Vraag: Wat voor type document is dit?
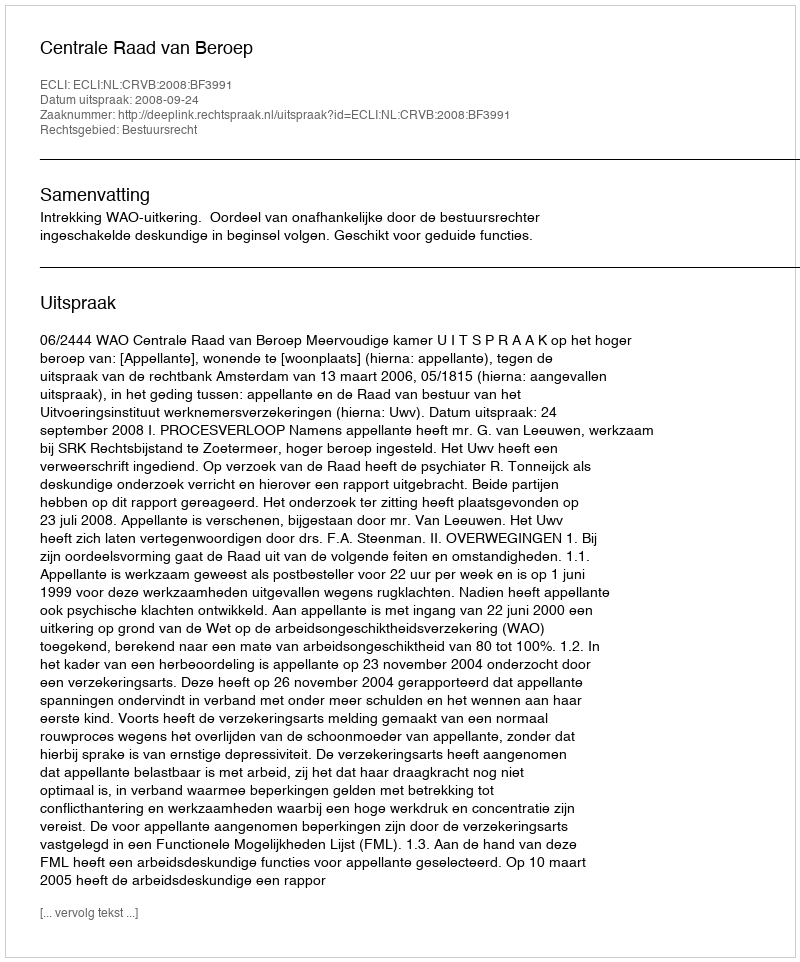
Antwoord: Uitspraak